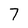
Character: 7